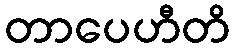
တာပေဟီတိ